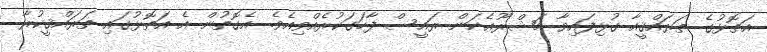
އަތޮޅުގެ ތަރައްޤީއާ ގުޅިފައިވާ މަޝްރޫޢެކަން ރައީސް ފާހަގަކުރެއްވިއެވެ. އެގޮތުން އެ އަތޮޅުގައި ތަރައްޤީކުރާ